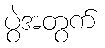
ပွဲအတွက်